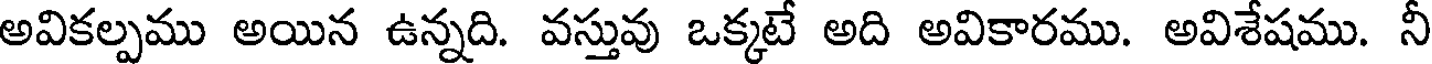
అవికల్పము అయిన ఉన్నది. వస్తువు ఒక్కటే అది అవికారము. అవిశేషము. నీ